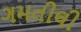
ગમતીલી